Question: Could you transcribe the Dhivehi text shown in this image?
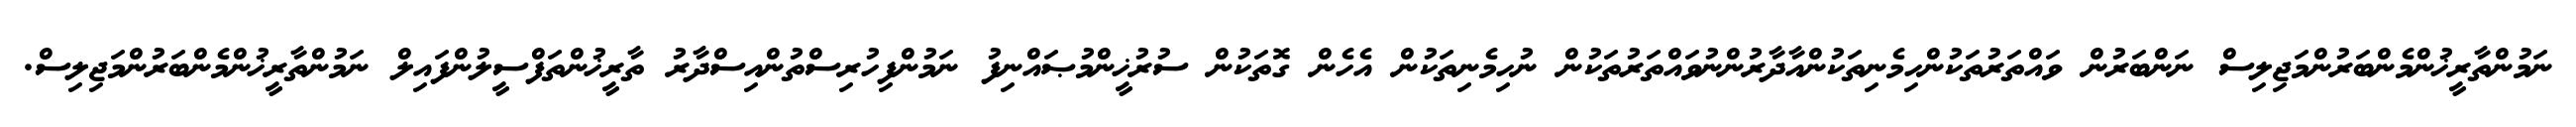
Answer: ނަމުންތާރީޚުންމެންބަރުންމަޖިލިސް ނަންބަރުން ވައްތަރުތަކުންހިމެނިތަކުންއާދާރުންނުވައްތަރުތަކުން ނުހިމެނިތަކުން އެހެން ގޮތަކުން ސުރުޚީންމުޞައްނިފު ނަމުންފިހުރިސްތުންއިސްދާރު ތާރީޚުންތަފްސީލުންފައިލް ނަމުންތާރީޚުންމެންބަރުންމަޖިލިސް.